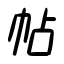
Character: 帖